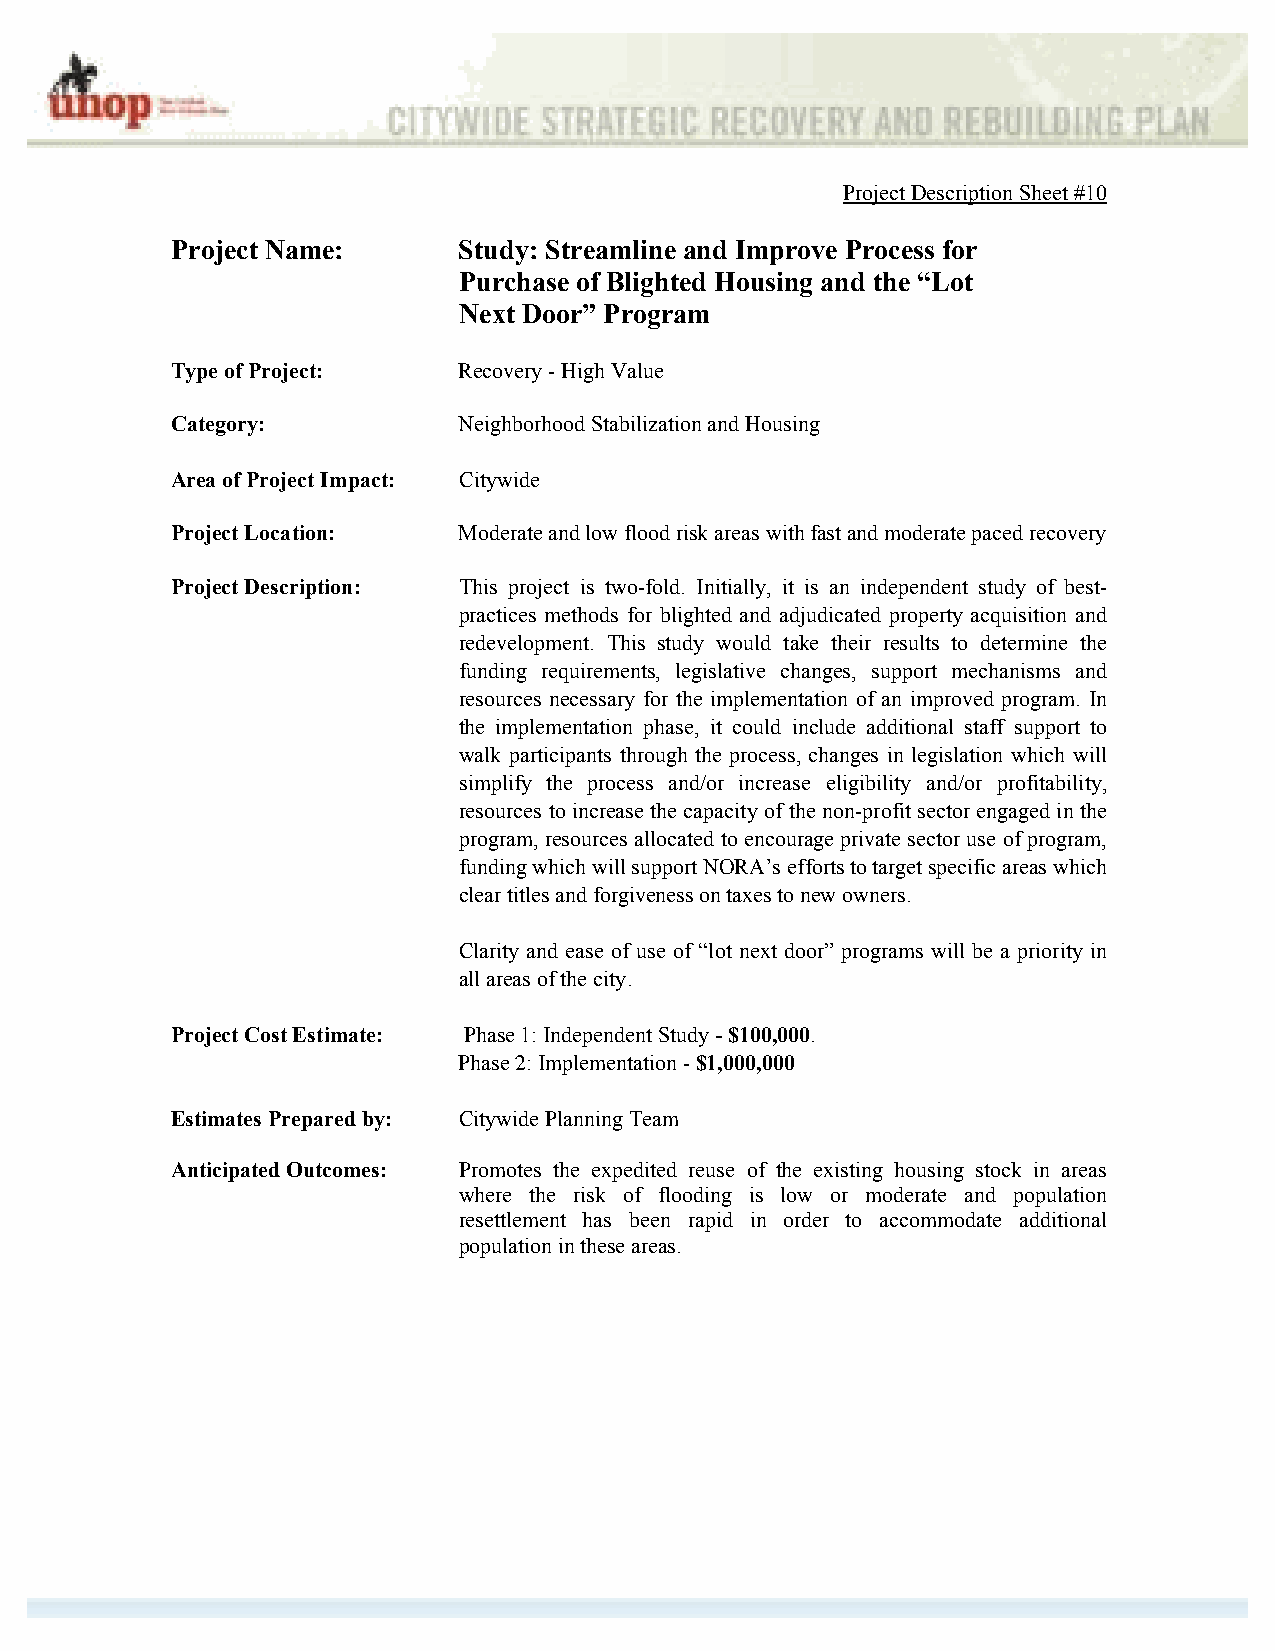
Project Description Sheet #10
 Project Name:      Study: Streamline and Improve Process for
 Purchase of Blighted Housing and the “Lot
 Next Door” Program
 Type of Project:   Recovery - High Value
 Category:          Neighborhood Stabilization and Housing
 Area of Project Impact: Citywide
 Project Location:  Moderate and low flood risk areas with fast and moderate paced recovery
 Project Description: This project is two-fold. Initially, it is an independent study of best-
 practices methods for blighted and adjudicated property acquisition and
 redevelopment. This study would take their results to determine the
 funding requirements, legislative changes, support mechanisms and
 resources necessary for the implementation of an improved program. In
 the implementation phase, it could include additional staff support to
 walk participants through the process, changes in legislation which will
 simplify the process and/or increase eligibility and/or profitability,
 resources to increase the capacity of the non-profit sector engaged in the
 program, resources allocated to encourage private sector use of program,
 funding which will support NORA’s efforts to target specific areas which
 clear titles and forgiveness on taxes to new owners.
 Clarity and ease of use of “lot next door” programs will be a priority in
 all areas of the city.
 Project Cost Estimate: Phase 1: Independent Study - $100,000.
 Phase 2: Implementation - $1,000,000
 Estimates Prepared by: Citywide Planning Team
 Anticipated Outcomes: Promotes the expedited reuse of the existing housing stock in areas
 where the risk of flooding is low or moderate and population
 resettlement has been rapid in order to accommodate additional
 population in these areas.